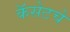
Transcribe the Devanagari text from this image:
कॅसेटचे